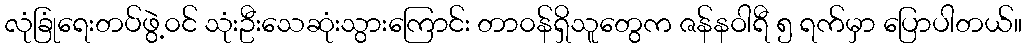
လုံခြုံရေးတပ်ဖွဲ့၀င် သုံးဦးသေဆုံးသွားကြောင်း တာ၀န်ရှိသူတွေက ဇန်နဝါရီ ၅ ရက်မှာ ပြောပါတယ်။